65_HS1-834228961_62-HQ-83894_Section_8
Agency: FBI
Page 216
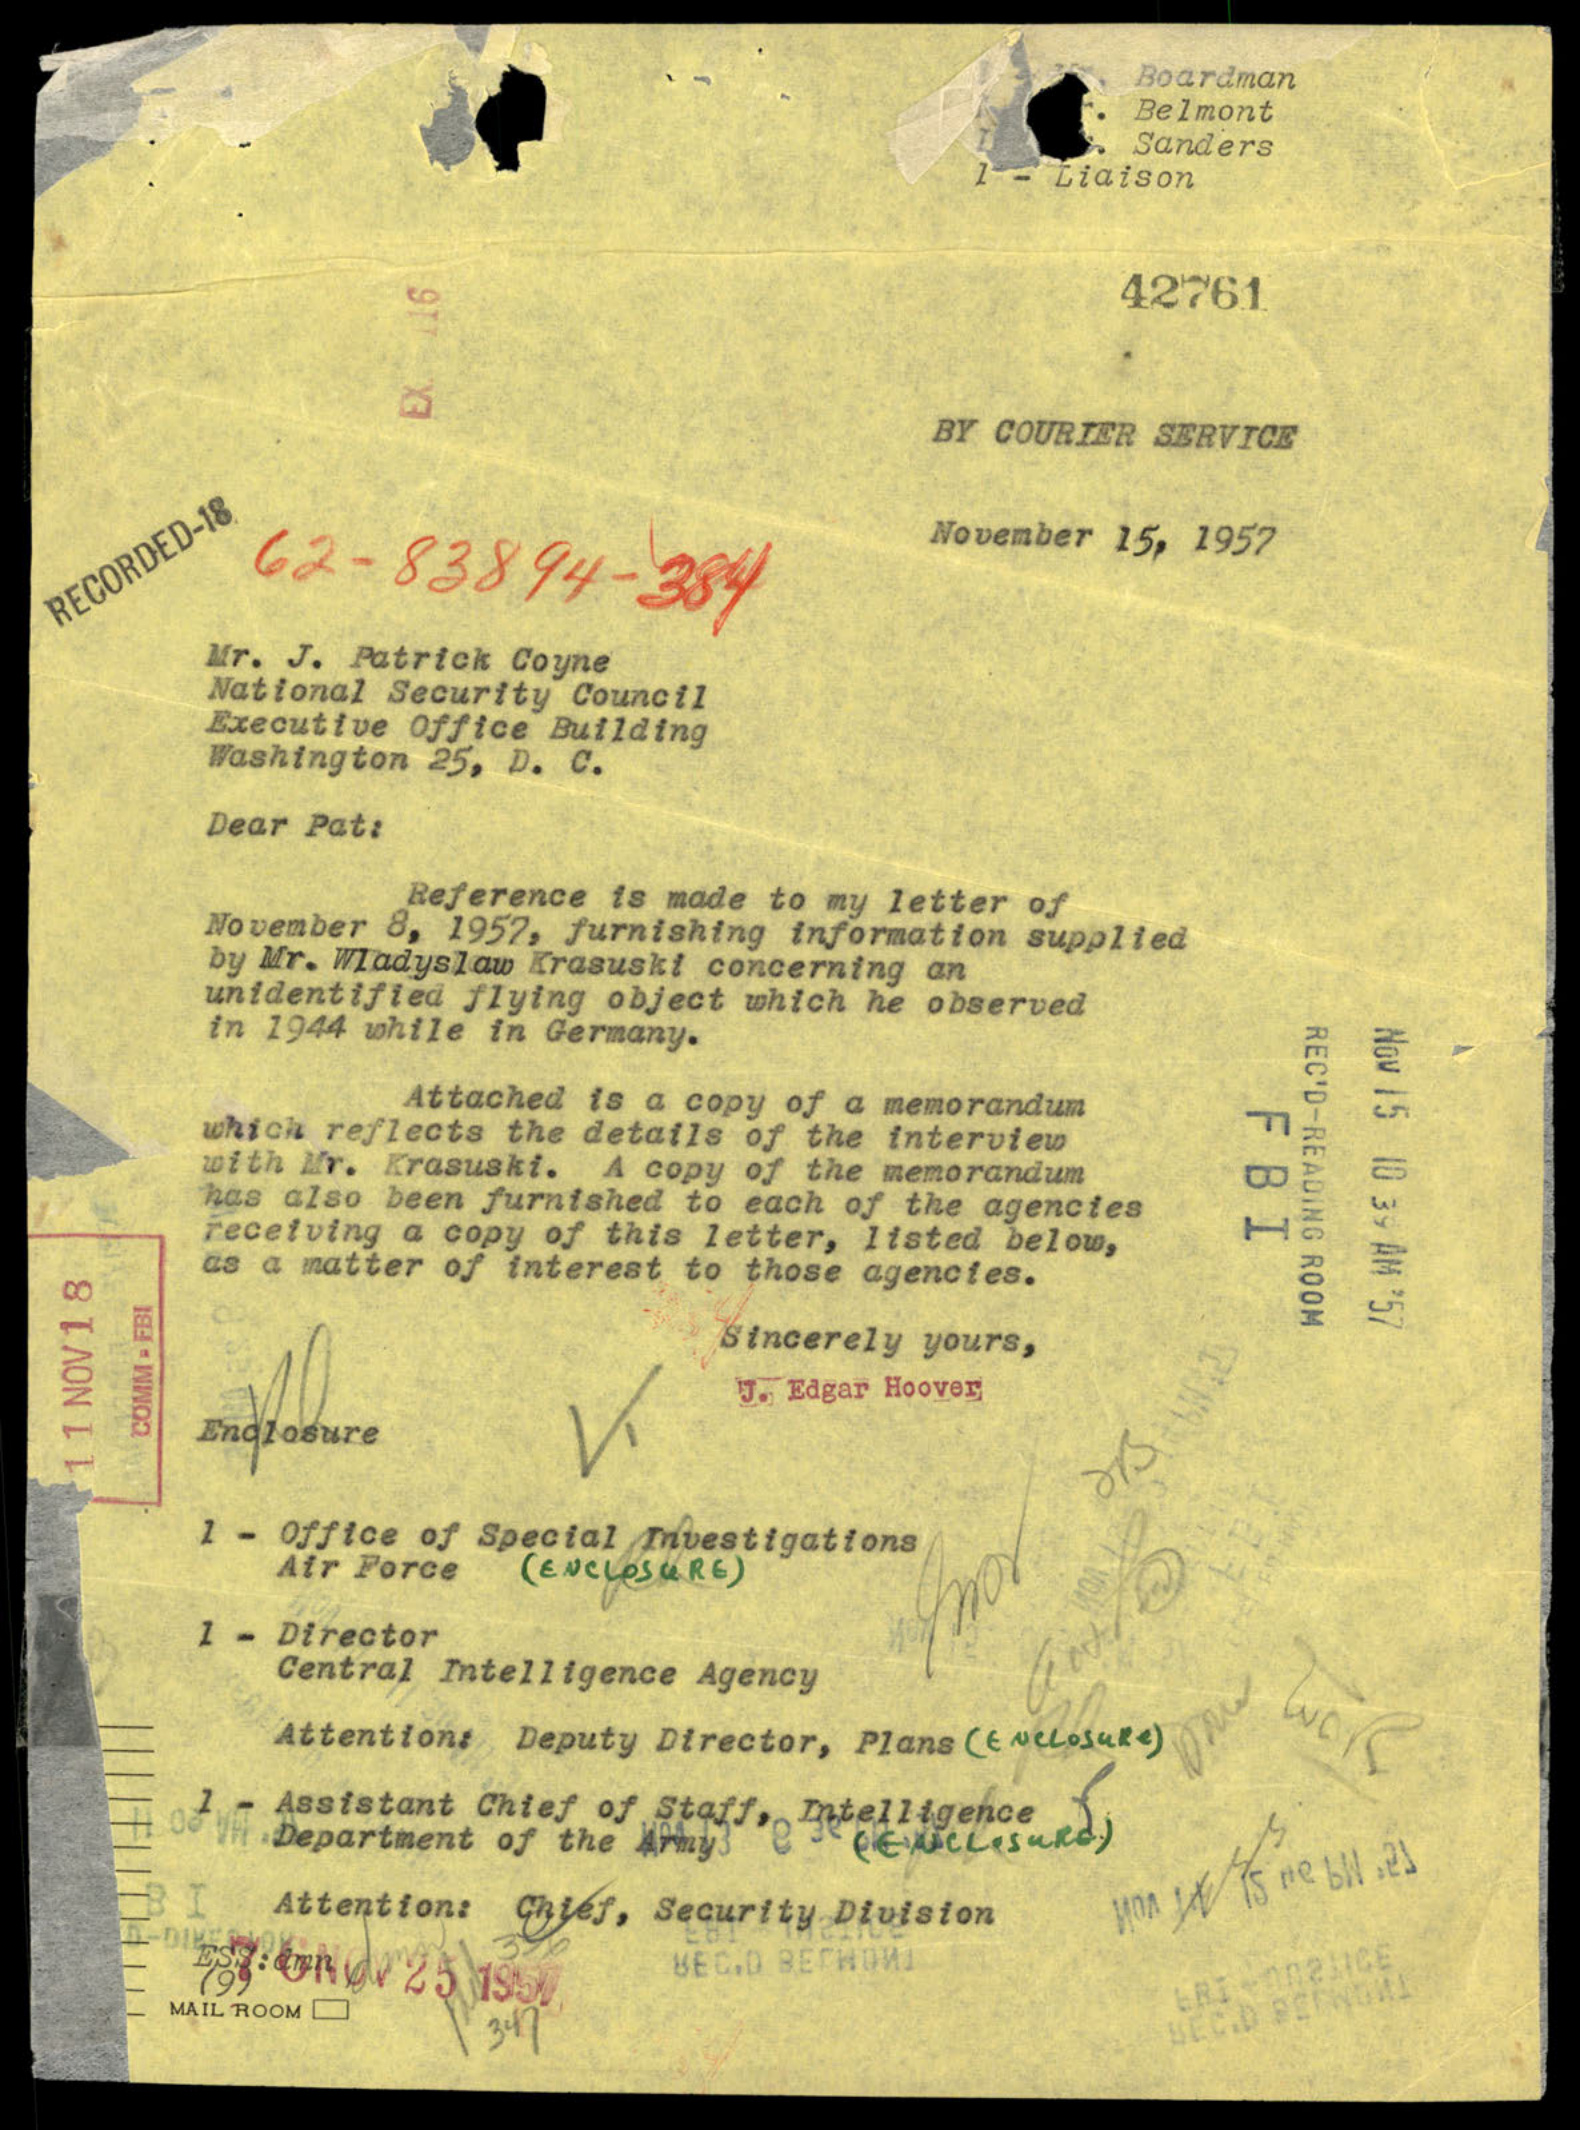